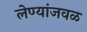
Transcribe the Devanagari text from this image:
लेण्यांजवळ